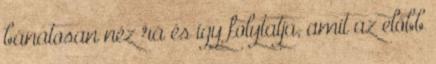
bánatosan néz rá és így folytatja, amit az előbb